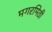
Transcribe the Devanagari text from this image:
मगरमिठी